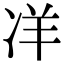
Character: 𭂎